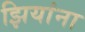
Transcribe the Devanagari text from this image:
झियांना